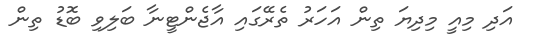
އަދި މިއީ މިދިޔަ ތިން އަހަރު ތެރޭގައި އާޖެންޓީނާ ބަލިވި ބޮޑު ތިން